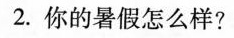
2.你的暑假怎么样?